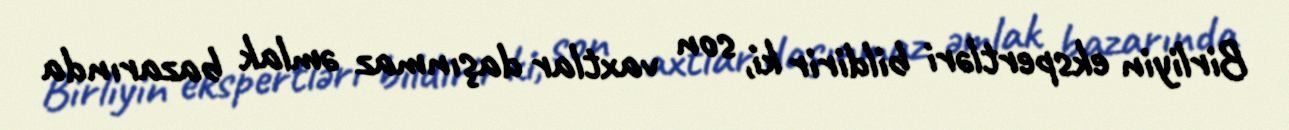
Birliyin ekspertləri bildirir ki, son vaxtlar daşınmaz əmlak bazarında